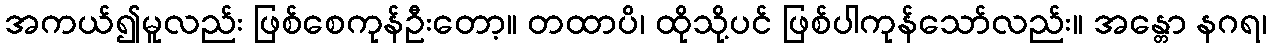
အကယ်၍မူလည်း ဖြစ်စေကုန်ဦးတော့။ တထာပိ၊ ထိုသို့ပင် ဖြစ်ပါကုန်သော်လည်း။ အန္တော နဂရ၊